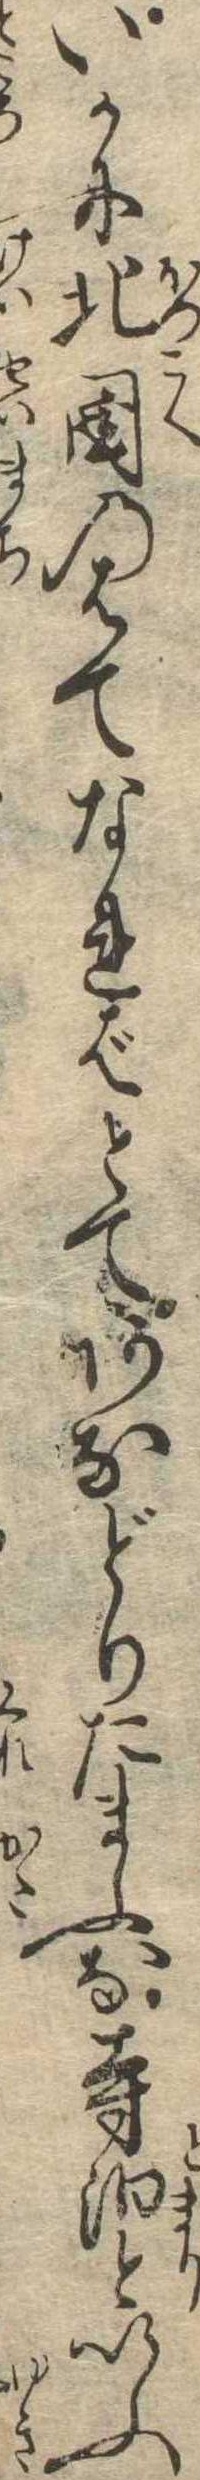
いかに北国のはてなればとてあなどりたまふな寺泊といふ